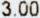
3.00